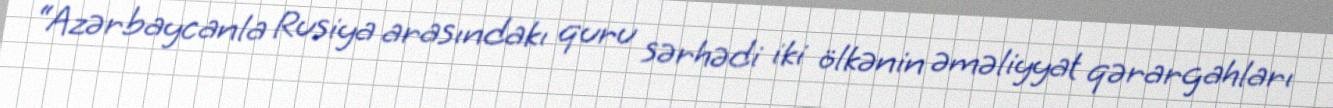
“Azərbaycanla Rusiya arasındakı quru sərhədi iki ölkənin əməliyyat qərargahları